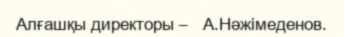
Алғашқы директоры –   А.Нәжімеденов.